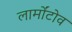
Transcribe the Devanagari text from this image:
लार्मोंटोव